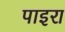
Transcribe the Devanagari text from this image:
पाइरा